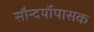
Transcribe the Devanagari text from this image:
सौन्दर्योपासक